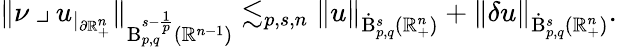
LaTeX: \begin{array}{r}{\lVert\nu\mathbin{\lrcorner}u_{|_{\partial\mathbb{R}_{+}^{n}}}\rVert_{\mathrm{B}_{p,q}^{s-\frac{1}{p}}(\mathbb{R}^{n-1})}\lesssim_{p,s,n}\lVert u\rVert_{{\dot{\mathrm{B}}}_{p,q}^{s}(\mathbb{R}_{+}^{n})}+\lVert\mathbf{\delta}u\rVert_{{\dot{\mathrm{B}}}_{p,q}^{s}(\mathbb{R}_{+}^{n})}\mathrm{.}}\end{array}